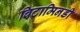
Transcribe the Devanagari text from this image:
विटामिनडी